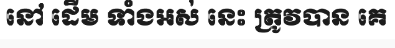
នៅ ដើម ទាំងអស់ នេះ ត្រូវបាន គេ